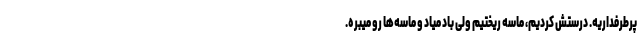
پرطرفداریه. درستش کردیم، ماسه ریختیم ولی باد میاد و ماسه‌ها رو میبره.